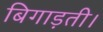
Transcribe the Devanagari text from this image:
बिगाड़ती।